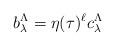
LaTeX: \begin{align*} b^\Lambda_\lambda = \eta(\tau)^\ell c^\Lambda_\lambda\end{align*}